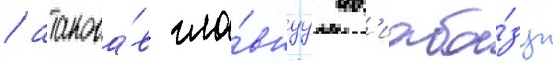
/ атакова́в гла́внуу ав'иаба́зу